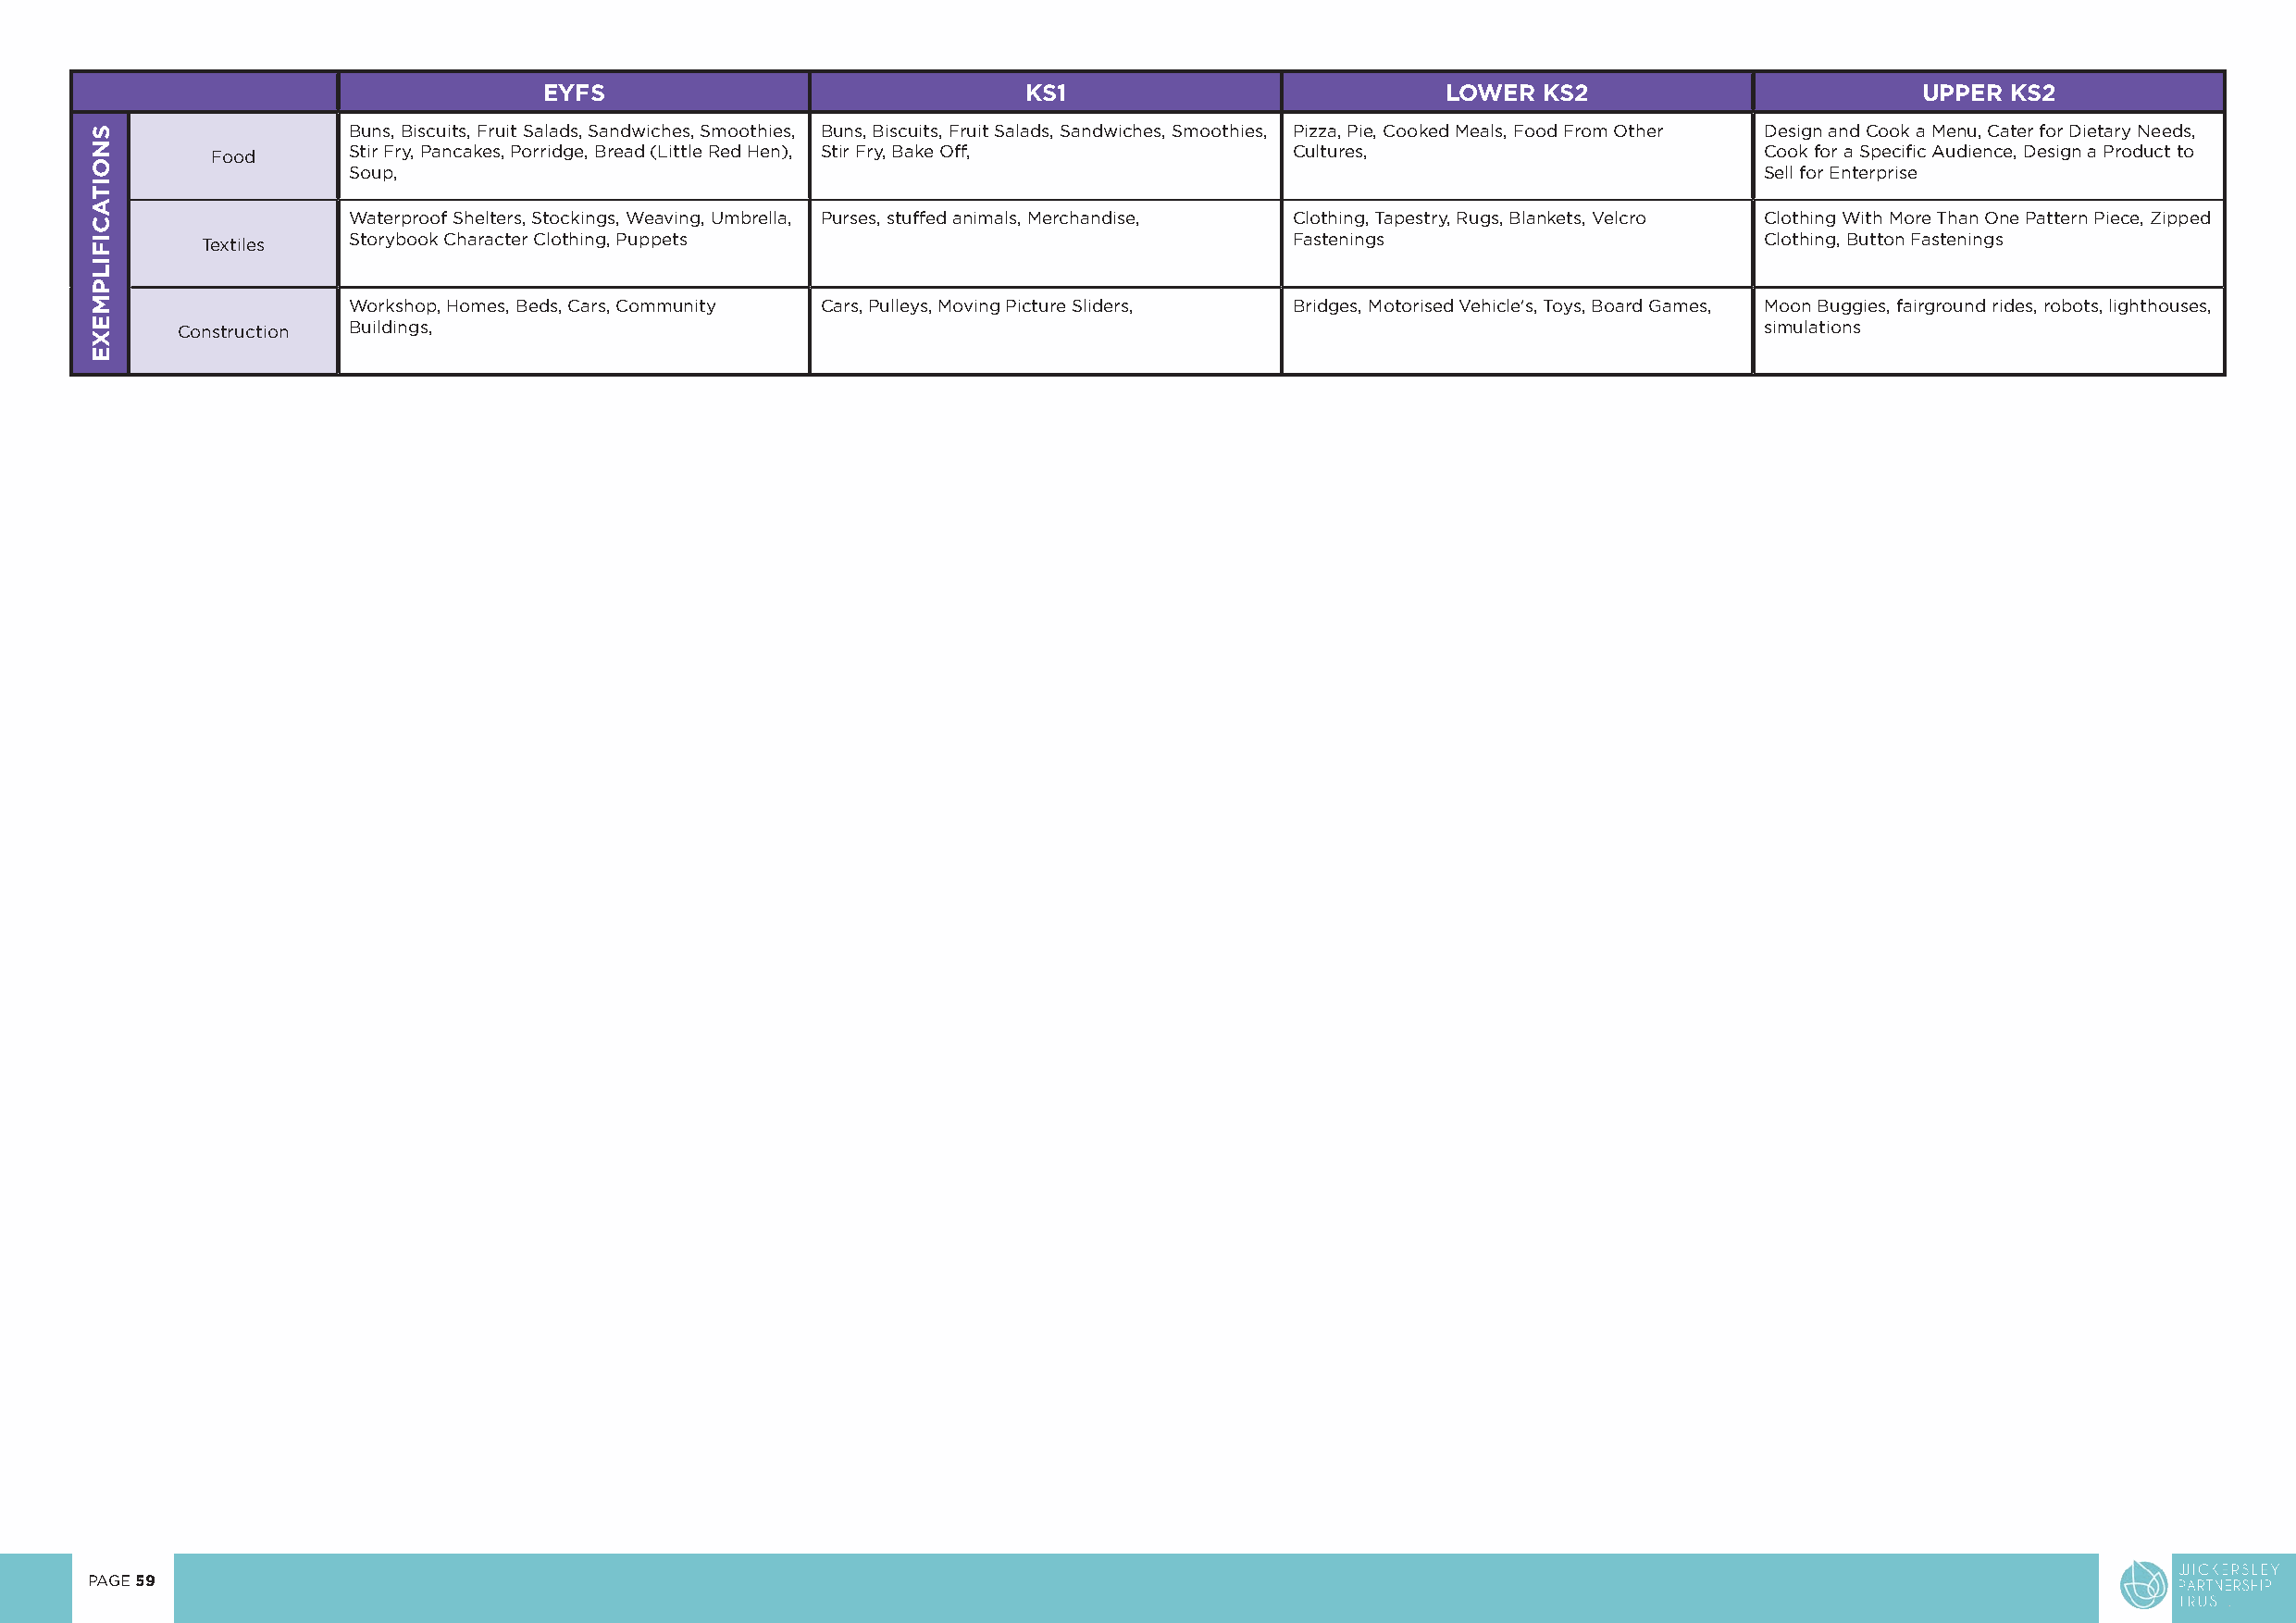
EYFS                              KS1                           LOWER  KS2                        UPPER  KS2
 Buns, Biscuits, Fruit Salads, Sandwiches, Smoothies, Buns, Biscuits, Fruit Salads, Sandwiches, Smoothies, Pizza, Pie, Cooked Meals, Food From Other Design and Cook a Menu, Cater for Dietary Needs,
 Food      Stir Fry, Pancakes, Porridge, Bread (Little Red Hen), Stir Fry, Bake Off, Cultures,                  Cook for a Specific Audience, Design a Product to
 Soup,                                                                                                Sell for Enterprise
 Waterproof Shelters, Stockings, Weaving, Umbrella, Purses, stuffed animals, Merchandise, Clothing, Tapestry, Rugs, Blankets, Velcro Clothing With More Than One Pattern Piece, Zipped
 Textiles   Storybook Character Clothing, Puppets                              Fastenings                        Clothing, Button Fastenings
 Workshop, Homes, Beds, Cars, Community Cars, Pulleys, Moving Picture Sliders, Bridges, Motorised Vehicle's, Toys, Board Games, Moon Buggies, fairground rides, robots, lighthouses,
 Construction Buildings,                                                                                          simulations
 PAGE 59
 SNOITACIFILPMEXE